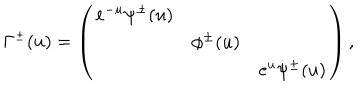
\Gamma ^ { \pm } ( u ) = \left( \begin{array} { c c c } { { e ^ { - u } \psi ^ { \pm } ( u ) } } & { { } } & { { } } \\ { { } } & { { \phi ^ { \pm } ( u ) } } & { { } } \\ { { } } & { { } } & { { e ^ { u } \psi ^ { \pm } ( u ) } } \\ \end{array} \right) ,